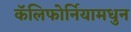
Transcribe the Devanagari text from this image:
कॅलिफोर्नियामधुन